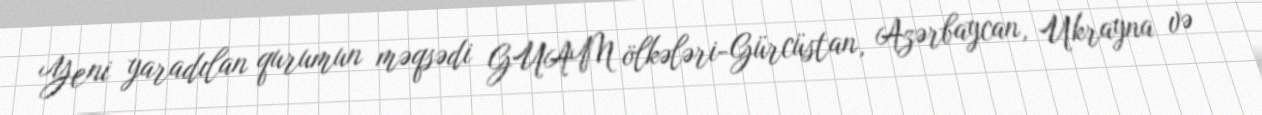
Yeni yaradılan qurumun məqsədi GUAM ölkələri-Gürcüstan, Azərbaycan, Ukrayna və